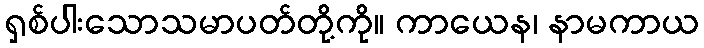
ရှစ်ပါးသောသမာပတ်တို့ကို။ ကာယေန၊ နာမကာယ